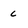
Character: c